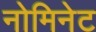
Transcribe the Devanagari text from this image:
नोमिनेट